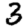
Digit: 3